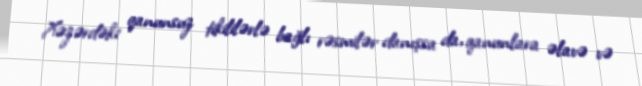
Xəzərdəki qanunsuz tikililərlə bağlı rəsmilər danışsa da, qanunlara əlavə və